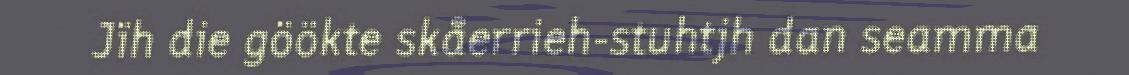
Jïh die göökte skåerrieh-stuhtjh dan seamma